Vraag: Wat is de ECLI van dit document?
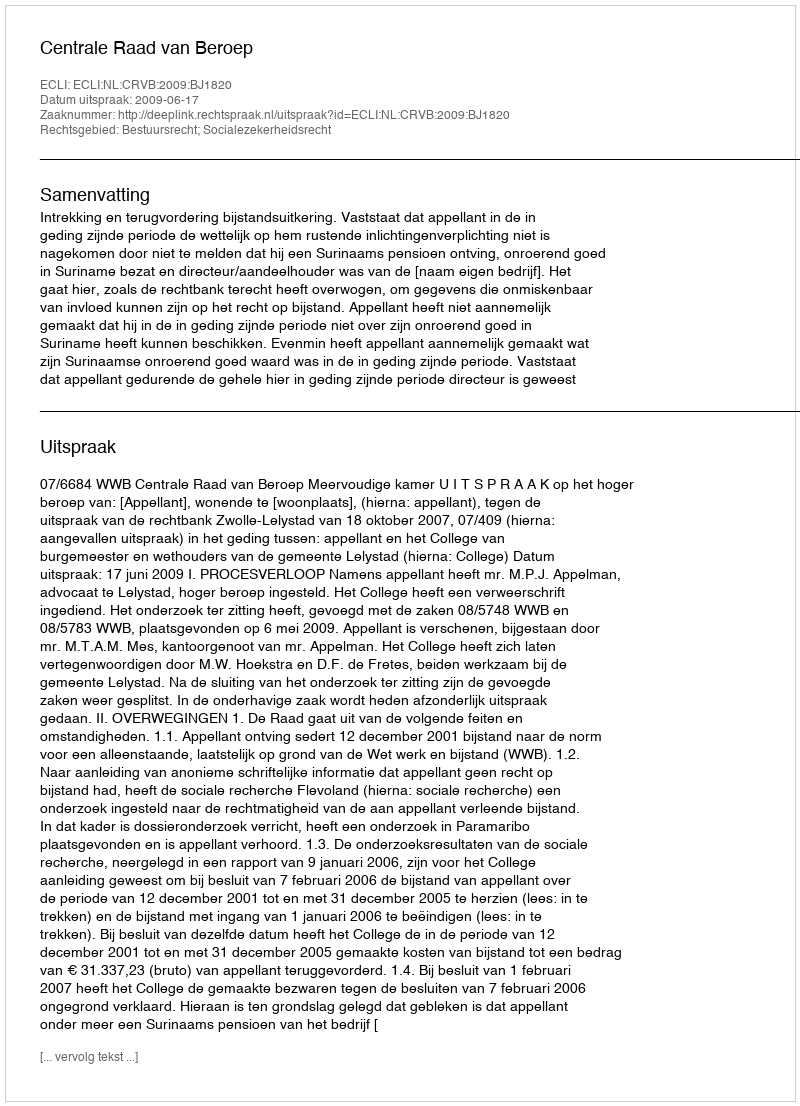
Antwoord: ECLI:NL:CRVB:2009:BJ1820